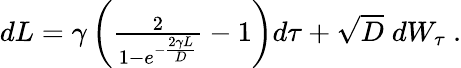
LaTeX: \begin{array}{r}{dL=\gamma\left(\frac{2}{1-e^{-\frac{2\gamma L}{D}}}-1\right)d\tau+\sqrt{D}\; dW_{\tau}\ .}\end{array}